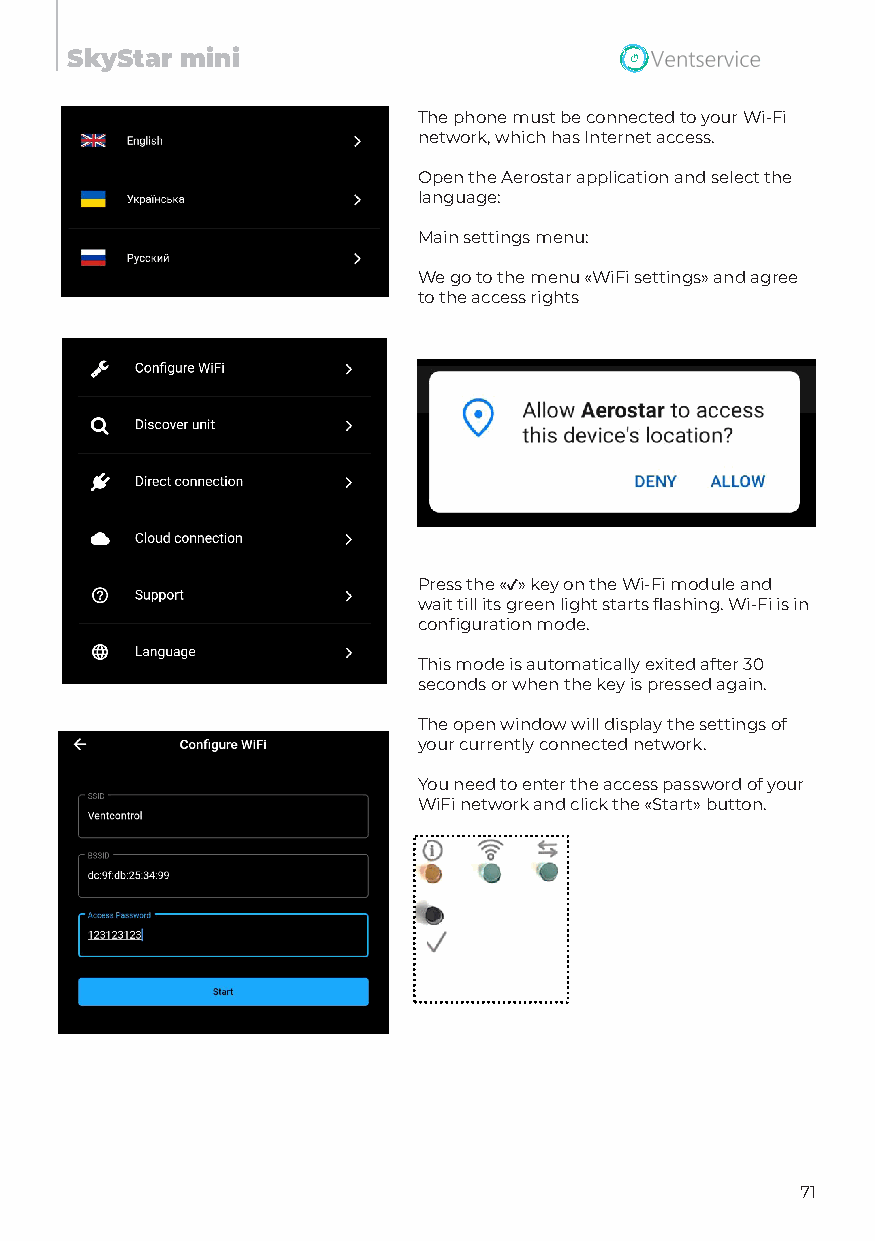
SkyStar mini
 The phone must be connected to your Wi-Fi
 network, which has Internet access.
 Open the Aerostar application and select the
 language:
 Main settings menu:
 We go to the menu «WiFi settings» and agree
 to the access rights
 Press the «✓» key on the Wi-Fi module and
 wait till its green light starts flashing. Wi-Fi is in
 configuration mode.
 This mode is automatically exited after 30
 seconds or when the key is pressed again.
 The open window will display the settings of
 your currently connected network.
 You need to enter the access password of your
 WiFi network and click the «Start» button.
 71